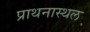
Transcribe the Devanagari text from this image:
प्राथनास्थल